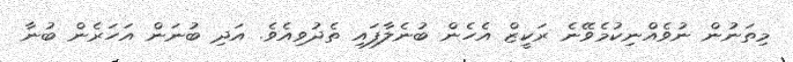
މިތަނުން ނުވެއްނިކުމެވޭނެ ރަކީޒް އެހެން ބުނެލާފައި ތެދުވިއެވެ. އަދި ބުނަން އަހަރެން ބުނާ